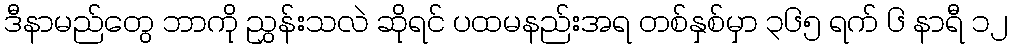
ဒီနာမည်တွေ ဘာကို ညွှန်းသလဲ ဆိုရင် ပထမနည်းအရ တစ်နှစ်မှာ ၃၆၅ ရက် ၆ နာရီ ၁၂